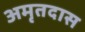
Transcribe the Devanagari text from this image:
अमृतदास